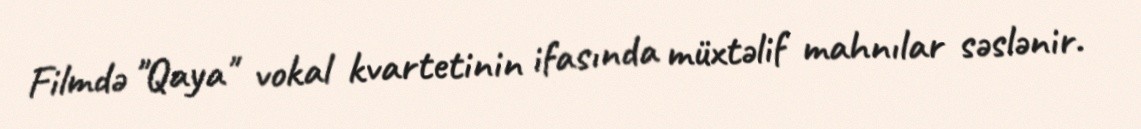
Filmdə "Qaya" vokal kvartetinin ifasında müxtəlif mahnılar səslənir.